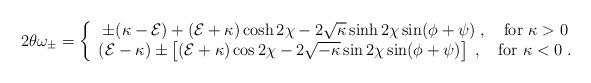
LaTeX: \begin{align*}{2\theta\omega_\pm}=\left\{ \begin{array}{c} \pm(\kappa-{\cal E})+({\cal E}+\kappa)\cosh 2\chi-2\sqrt{\kappa}\sinh 2\chi\sin(\phi+\psi) \; ,\quad \mbox{for } \kappa>0\\ ({\cal E}-\kappa)\pm\left[ ({\cal E}+\kappa)\cos 2\chi -2\sqrt{-\kappa}\sin 2\chi \sin(\phi+\psi)\right]\; ,\quad \mbox{for } \kappa<0 \; . \end{array}\right.\end{align*}